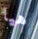
هيا